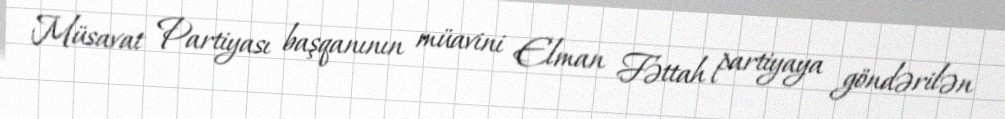
Müsavat Partiyası başqanının müavini Elman Fəttah partiyaya göndərilən